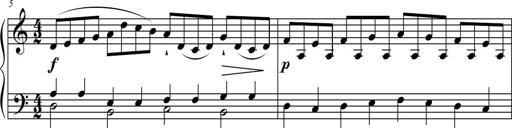
Title: Suite in the Old Style
Composer: Tyler Versluis